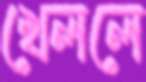
খেললে